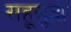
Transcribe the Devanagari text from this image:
राहूसुद्धा